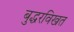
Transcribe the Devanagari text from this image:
बुद्धरविखत